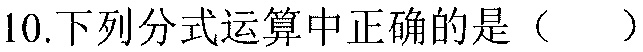
10. 下列分式运算中正确的是（  ）